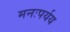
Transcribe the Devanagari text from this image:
मनःपर्यय